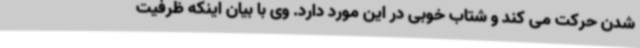
شدن حرکت می کند و شتاب خوبی در این مورد دارد. وی با بیان اینکه ظرفیت